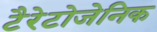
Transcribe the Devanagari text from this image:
टैरेटोजेनिक